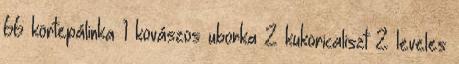
66 körtepálinka 1 kovászos uborka 2 kukoricaliszt 2 leveles